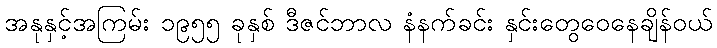
အနုနှင့်အကြမ်း ၁၉၅၅ ခုနှစ် ဒီဇင်ဘာလ နံနက်ခင်း နှင်းတွေဝေနေချိန်ဝယ်